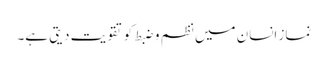
نماز انسان میں نظم و ضبط کو تقویت دیتی ہے۔